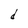
Character: d